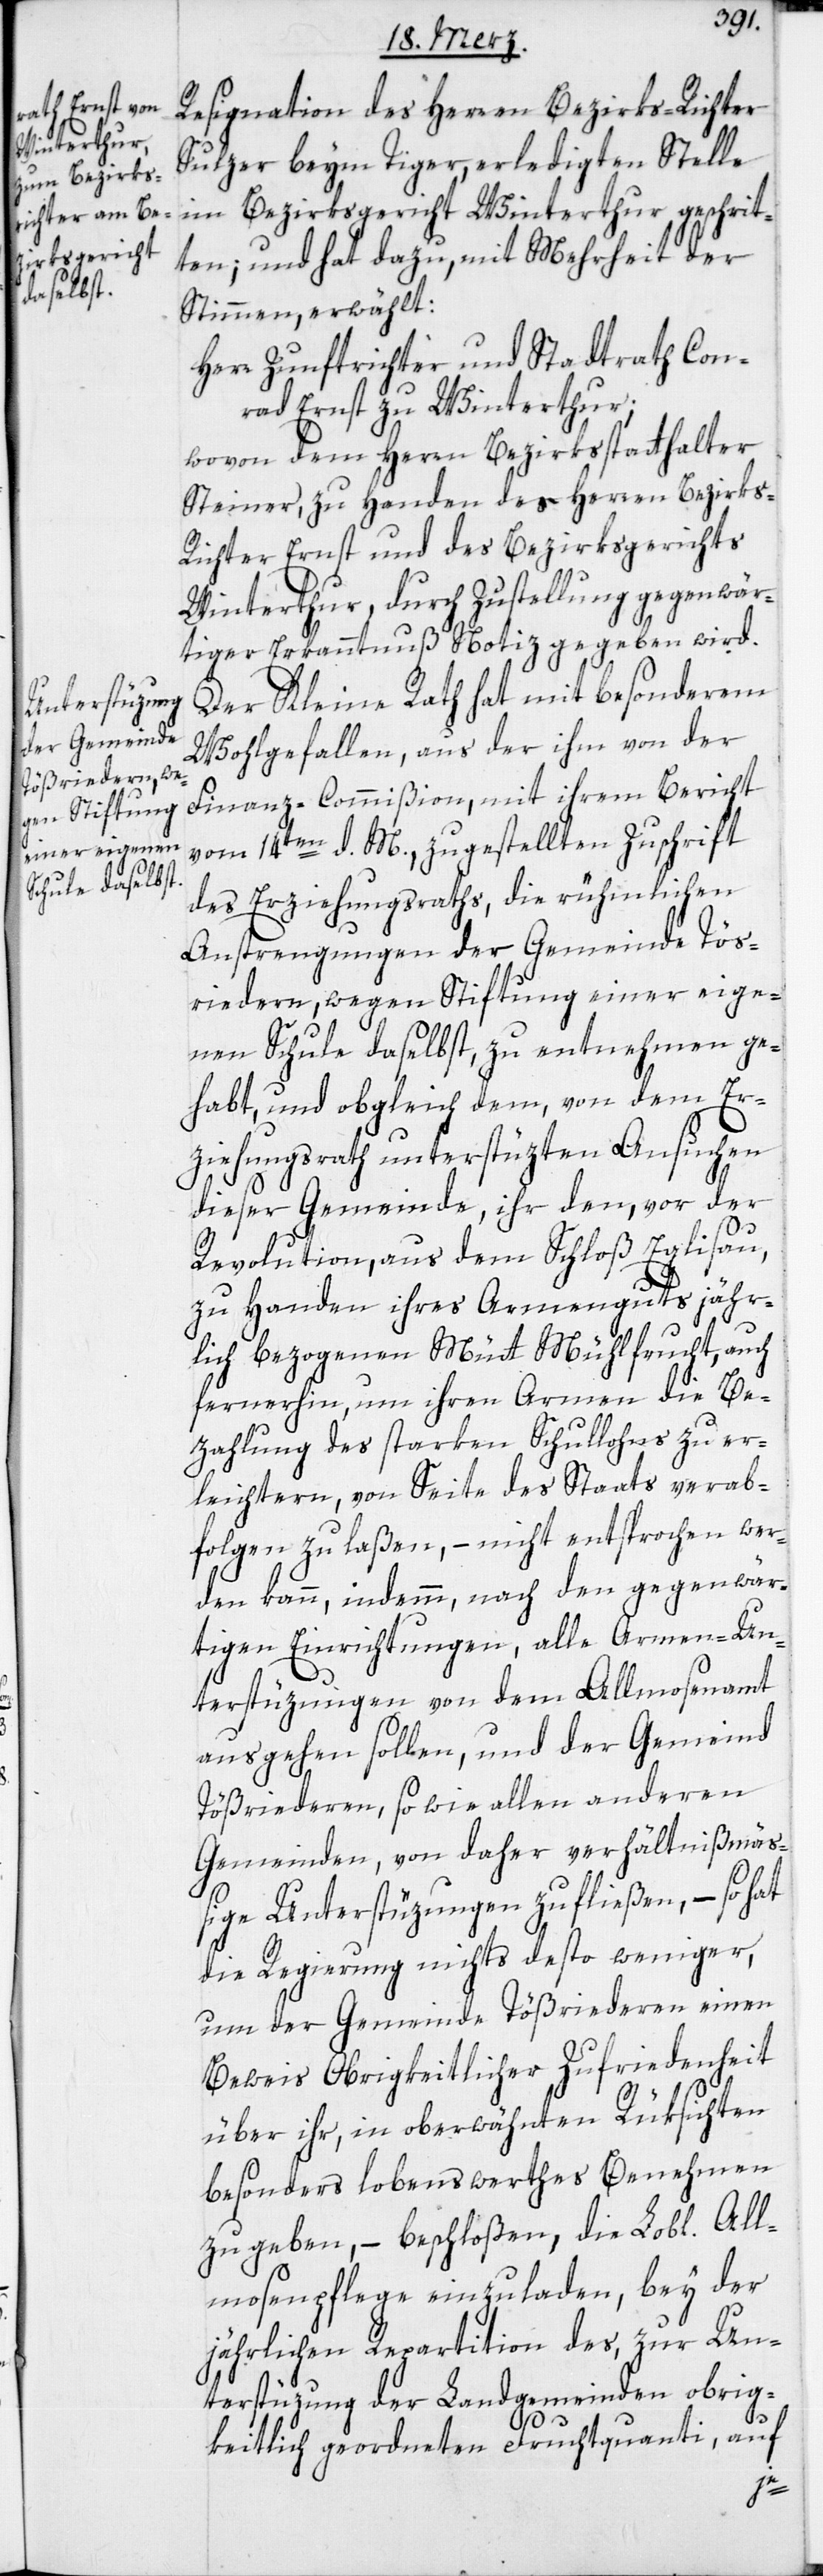
Resignation des Herren Bezirks-Richter
Sulzer beym Tiger, erledigten Stelle
im Bezirksgericht Winterthur geschrit¬
ten; und hat dazu, mit Mehrheit der
Stimmen erwählt:
Herr Zunftrichter und Stadtrath Con¬
rad Ernst zu Winterthur;
wovon dem Herren Bezirksstatthalter
Steiner, zu Handen der Herren Bezirks-R¬
ichter Ernst und des Bezirksgerichts
Winterthur, durch Zustellung gegenwär¬
tiger Erkanntnuß Notiz gegeben wird.
Der Kleine Rath hat mit besonderem
Wohlgefallen, aus der ihm von der
Finanz-Commißion, mit ihrem Bericht
vom 14ten d. M. zugestellten Zuschrift
des Erziehungsraths, die rühmlichen
Anstrengungen der Gemeinde Töß¬
riedern, wegen Stiftung einer eige¬
nen Schule daselbst, zu entnehmen ge¬
habt, und obgleich dem, von dem Er¬
ziehungsrath unterstüzten Ansuchen
dieser Gemeinde, ihr dem, vor der
Revolution, aus dem Schloß Eglisau,
zu Handen ihres Armenguts jähr¬
lich bezogenen Mütt Mühlfrucht, auch
fernerhin, um ihren Armen die Be¬
zahlung des starken Schullohns zu er¬
leichtern, von Seite des Staats verab¬
folgen zu laßen, – nicht entsprochen wer¬
den kann, indemm, nach den gegenwär¬
tigen Einrichtungen, alle Armen-Un¬
terstüzungen von dem Allmosenamt
ausgehen sollen, und der Gemeinde
Tößriedern, sowie allen anderen
Gemeinden, von daher verhältnißmäß¬
ige Unterstüzungen zufließen, – so hat
die Regierung nichts desto weniger,
um der Gemeinde Tößriedern einen
Beweis Obrigkeitlicher Zufriedenheit
über ihr, in oberwähnten Rüksichten
besonders lobenswerthes Benehmen
zu geben, – beschloßen, die Lobl. All¬
mosenpflege einzuladen, bey der
jährlichen Repartition des, zur Un¬
terstüzung der Landgemeinden obrig¬
keitlich geordneten Fruchtquanti, auf